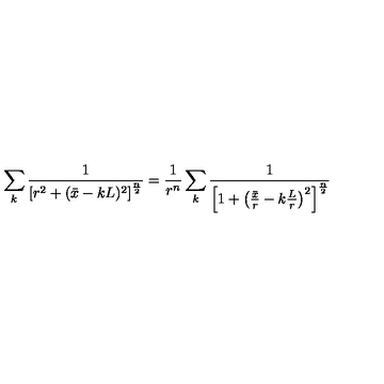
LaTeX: \sum _ { k } { \frac { 1 } { \left[ r ^ { 2 } + ( \bar { x } - k L ) ^ { 2 } \right] ^ { \frac { n } { 2 } } } } = { \frac { 1 } { r ^ { n } } } \sum _ { k } { \frac { 1 } { \left[ 1 + \left( { \frac { \bar { x } } { r } } - k { \frac { L } { r } } \right) ^ { 2 } \right] ^ { \frac { n } { 2 } } } }